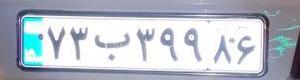
۷۳ب۳۹۹۸۶